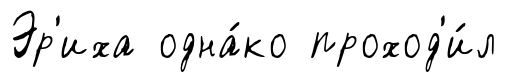
Эр'иха одна́ко проход'и́л